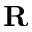
\mathbf { R }